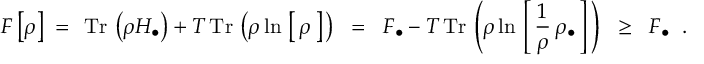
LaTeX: F \left[ \rho \right] \; = \; \, \mathrm { T r } \, \left( \rho H _ { \bullet } \right) + T \, \mathrm { T r } \, \left( \rho \ln \, \left[ \, \rho \, \right] \, \right) \; \; = \; \; F _ { \bullet } - T \, \mathrm { T r } \, \left( \rho \ln \, \left[ \, { \frac { 1 } { \rho } } \, \rho _ { \bullet } \, \right] \, \right) \; \; \ge \; \; F _ { \bullet } \; \; . \; \;